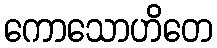
ကောသောဟိတေ